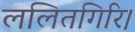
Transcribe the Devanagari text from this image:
ललितगिरि।